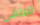
لننتهي